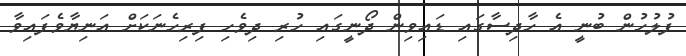
ފުލުހުން ބުނީ އެ ހާދިސާގައި ޑައިވިން ދޯނީގައި ހުރި ދިވެހި ފިރިހެނަކަށް އަނިޔާވެފައިވާ